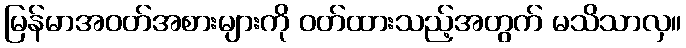
မြန်မာအဝတ်အစားများကို ဝတ်ထားသည့်အတွက် မသိသာလှ။